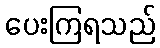
ပေးကြရသည်